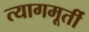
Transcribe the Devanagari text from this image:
त्यागमूर्ती